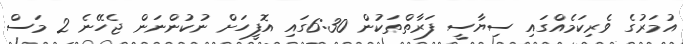
އުމަރުގެ ވެރިކަމެއްގައި ސިޔާސީ ފަރާތްތަކުން 6:30ގައި އޮފީހަށް ނުކުންނަން ޖެހޭނެ 2 މަސް